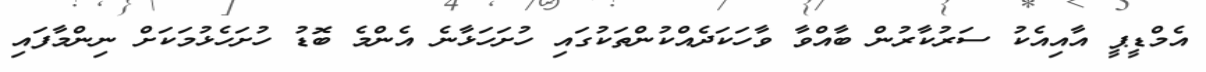
އެމްޑީޕީ އާއިއެކު ސަރުކާރުން ބާއްވާ ވާހަކަދެއްކުންތަކުގައި ހުށަހަޅާނެ އެންމެ ބޮޑު ހުށަހެޅުމަކަށް ނިންމާފައި